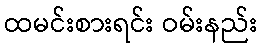
ထမင်းစားရင်း ဝမ်းနည်း